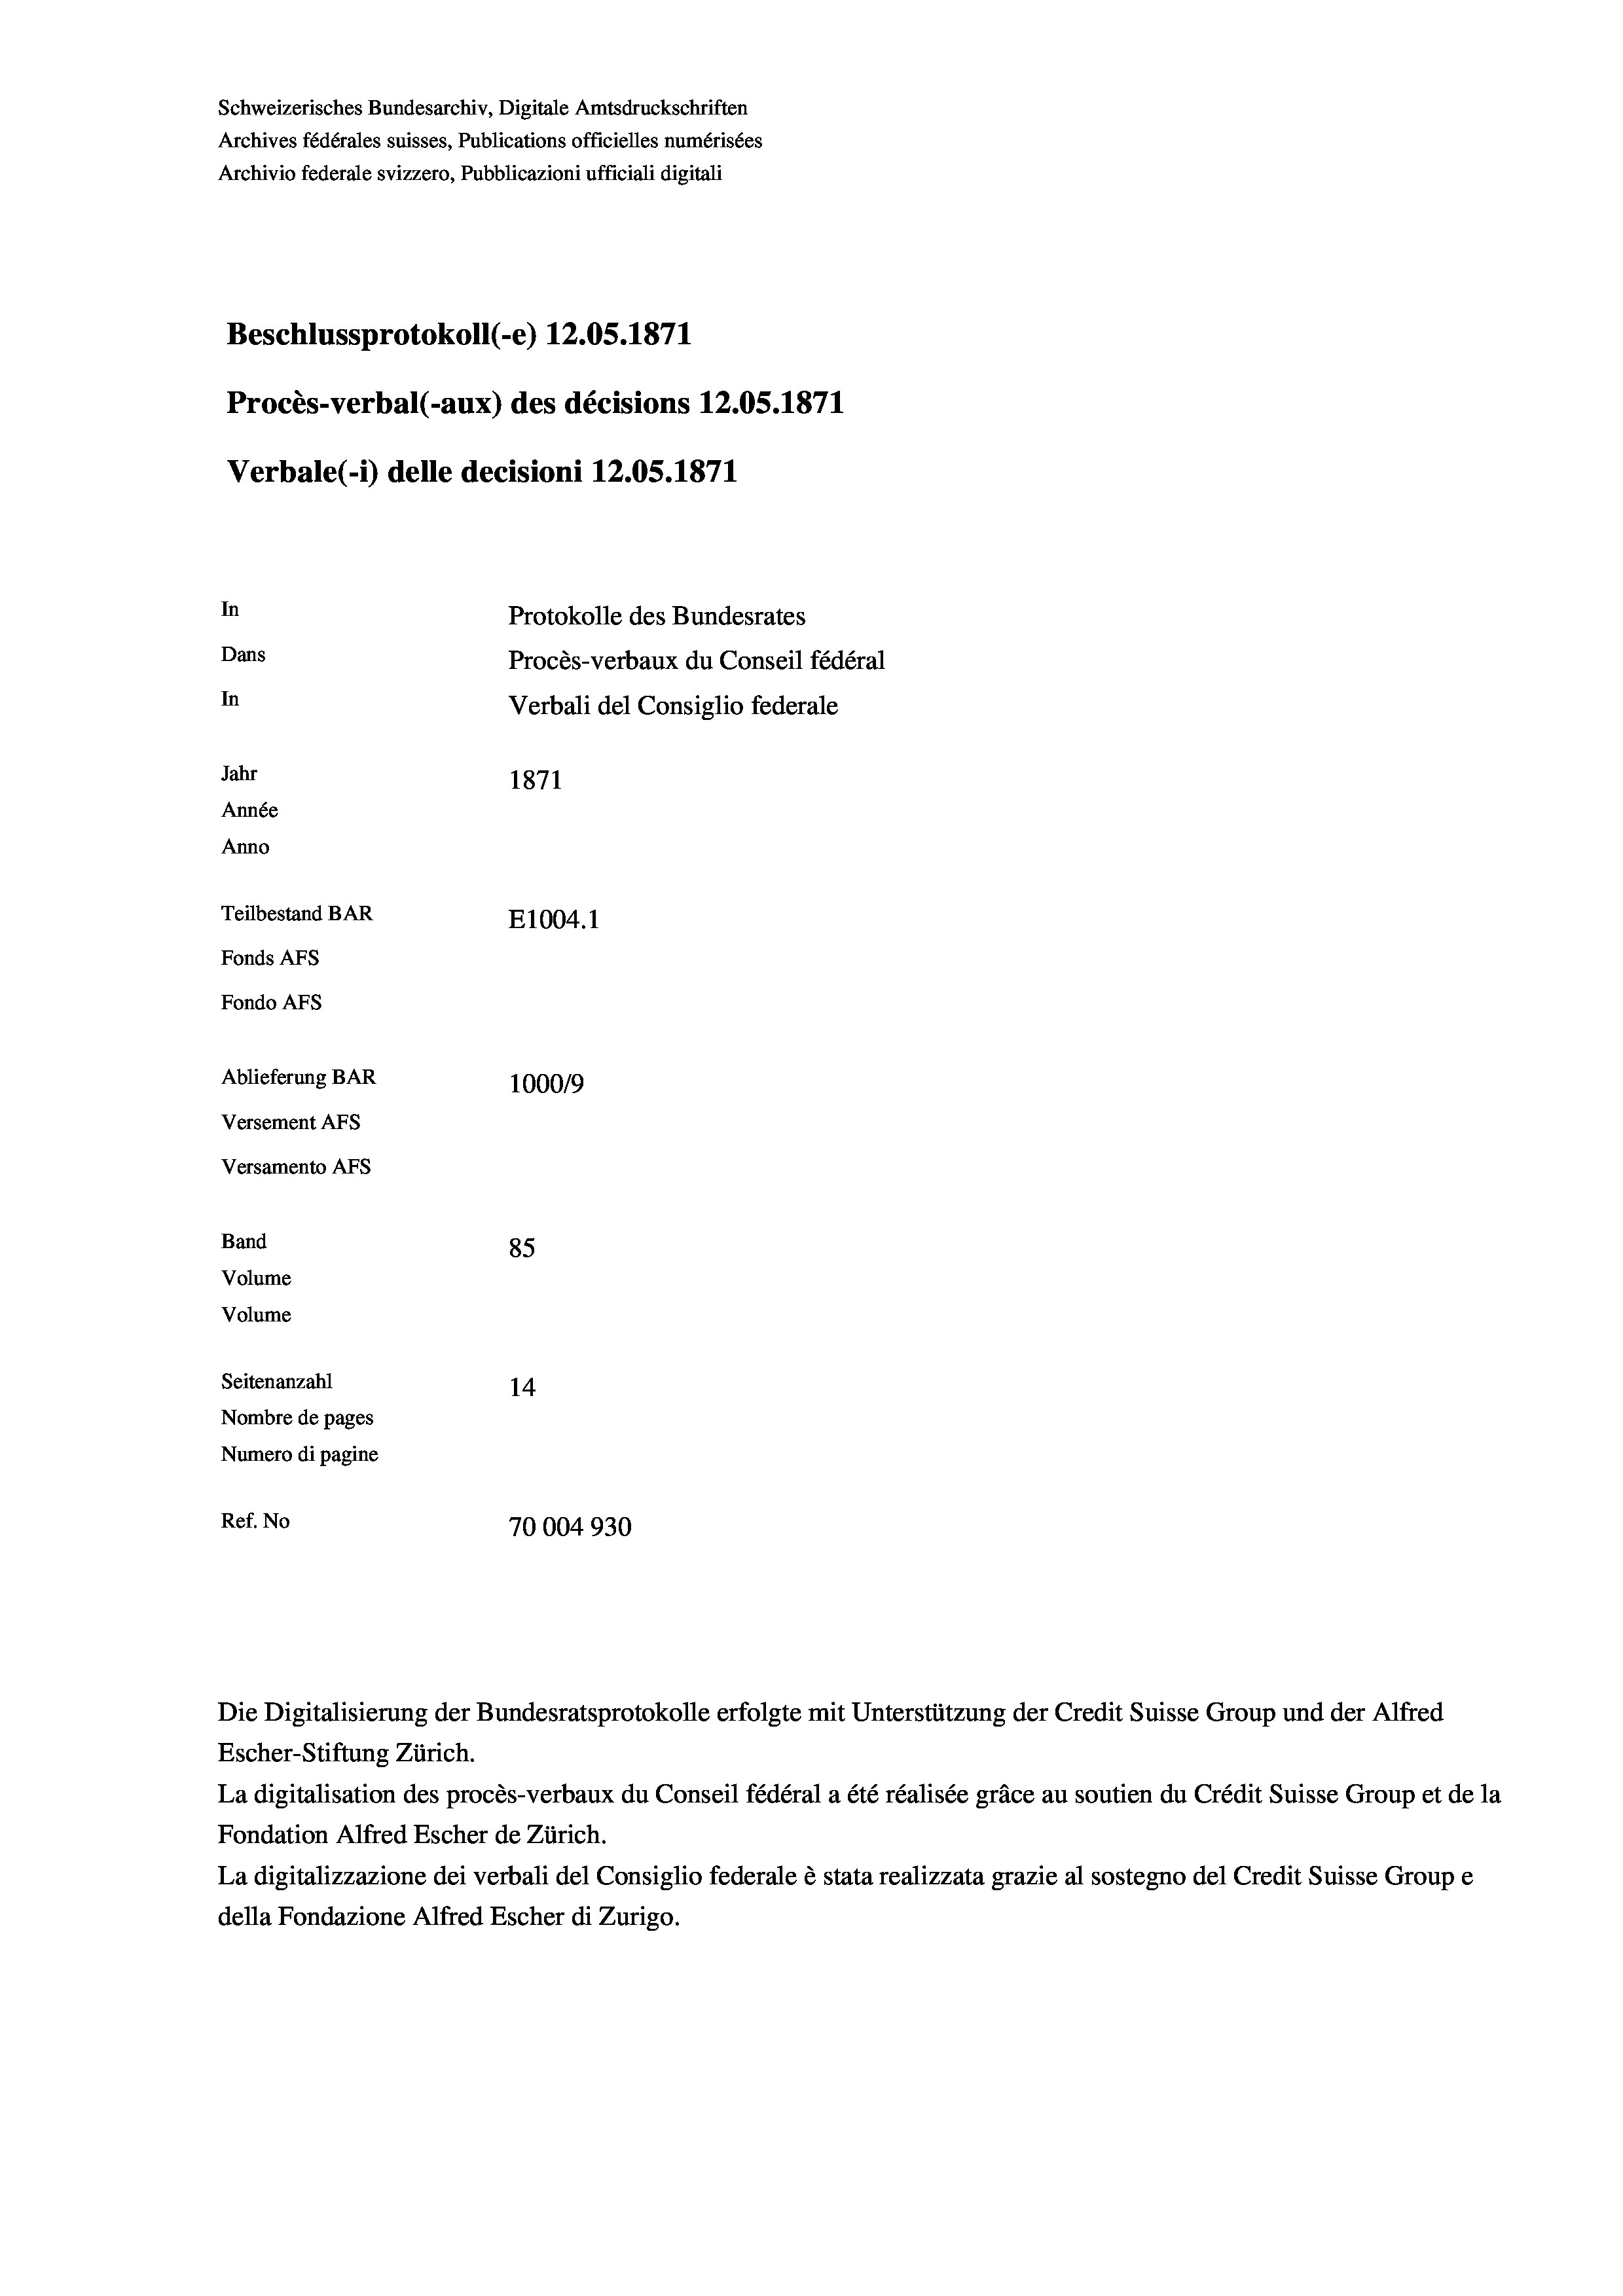
Schweizerisches Bundesarchiv, Digitale Amtsdruckschriften
Archives fédérales suisses, Publications officielles numérisées
Archivio federale svizzero, Pubblicazioni ufficiali digitali
Beschlussprotokoll (-e) 12.05. 1871
Procès-verbal (-aux) des décisions 12.05. 1871
Verbale(-*) delle decisioni 12.05. 1871
In
Protokolle des Bundesrates
Dans
Procès-verbaux du Conseil fédéral
In
Verbali del Consiglio federale
Jahr
1871
Année
Anno
Teilbestand BAR
E1004.1
Fonds AFs
Fondo AFs
Ablieferung BAR
100019
Versement AFS
Versamento Afs

85
Seitenanzahl
14
Nombre de pages
Numero di pagine
Ref. No
70004930

Band
Volume
Volume

Escher-Stiftung Zürich.
La digitalisation des procès-verbaux du Conseil fédéral a été réalisée gräce au soutien du Crédit Suisse Group et de la
Fondation Alfred Escher de Zürich.
La digitalizzazione dei verbali del Consiglio federale è stata realizzata grazie al sostegno del Credit Suisse Groupe
della Fondazione Alfred Escher di Zurigo.

Die Digitalisierung der Bundesratsprotokolle erfolgte mit Unterstützung der Credit Suisse Group und der Alfred